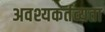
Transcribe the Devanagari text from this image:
अवश्यकर्तव्यता